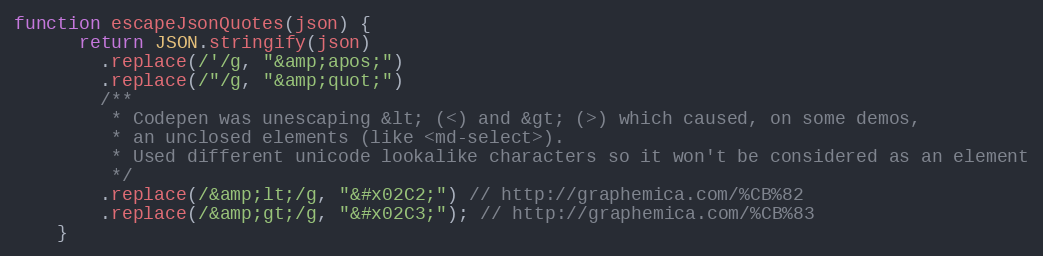
Language: JavaScript
function escapeJsonQuotes(json) {
      return JSON.stringify(json)
        .replace(/'/g, "&amp;apos;")
        .replace(/"/g, "&amp;quot;")
        /**
         * Codepen was unescaping &lt; (<) and &gt; (>) which caused, on some demos,
         * an unclosed elements (like <md-select>).
         * Used different unicode lookalike characters so it won't be considered as an element
         */
        .replace(/&amp;lt;/g, "&#x02C2;") // http://graphemica.com/%CB%82
        .replace(/&amp;gt;/g, "&#x02C3;"); // http://graphemica.com/%CB%83
    }